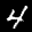
Label: 4